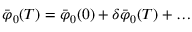
{ \bar { \varphi } } _ { 0 } ( T ) = { \bar { \varphi } } _ { 0 } ( 0 ) + \delta { \bar { \varphi } } _ { 0 } ( T ) + \dots